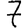
Digit: 7